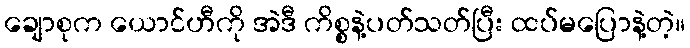
ချောစုက ယောင်ဟီကို အဲဒီ ကိစ္စနဲ့ပတ်သတ်ပြီး ထပ်မပြောနဲ့တဲ့။